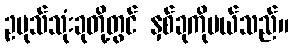
ဥပုသ်သုံးခုတို့တွင် နှစ်ခုကိုပယ်သည်။